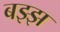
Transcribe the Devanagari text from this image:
बझ्झ